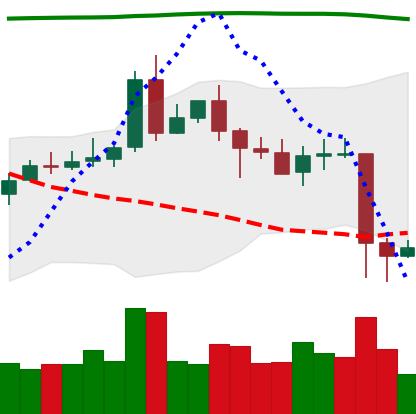
Ticker: EOS-USD
Chart end date: 2020-05-12
Forward return: 7.332%
Label: up_7plus